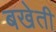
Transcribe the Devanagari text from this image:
बखेती